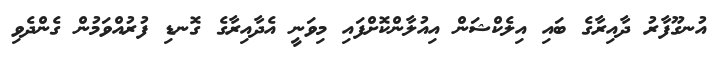
އުނގޫފާރު ދާއިރާގެ ބައި އިލެކްޝަން އިއުލާންކޮށްފައި މިވަނީ އެދާއިރާގެ ގޮނޑި ފުރުއްވަމުން ގެންދެވި